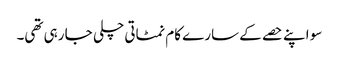
سو اپنے حصے کے سارے کام نمٹاتی چلی جا رہی تھی۔